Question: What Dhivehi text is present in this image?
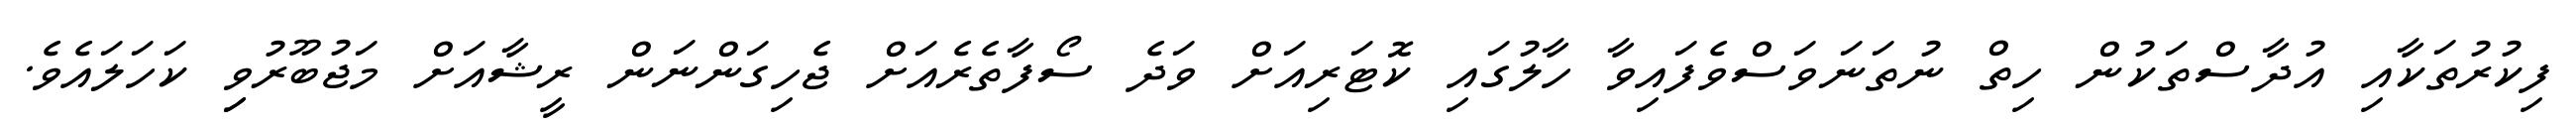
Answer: ފިކުރުތަކާއި އުދާސްތަކުން ހިތް ނުތަނަވަސްވެފައިވާ ހާލުގައި ކޮޓަރިއަށް ވަދެ ސޯފާތެރެއަށް ޖެހިގަންނަން ރީޝާއަށް މަޖުބޫރުވިި ކަހަލައެވެ.